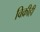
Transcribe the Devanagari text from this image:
विक्रीही